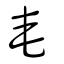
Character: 奄